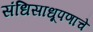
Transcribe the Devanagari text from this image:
संधिसाधूपणाचे